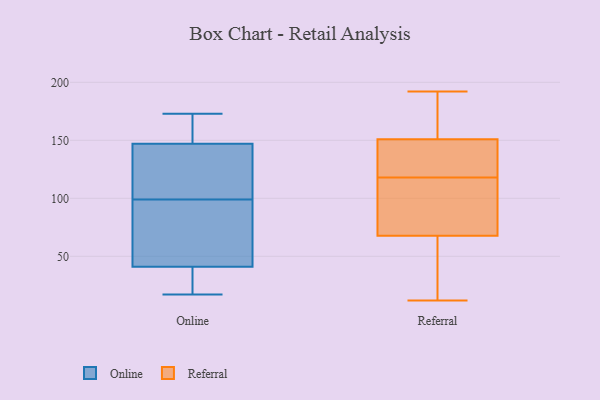
{"axis": {"x": "Energy Usage (MWh)", "y": "Value"}, "legend": ["Online", "Referral"], "data": [{"x": "", "y": 47, "type": "Online"}, {"x": "", "y": 147, "type": "Online"}, {"x": "", "y": 36, "type": "Online"}, {"x": "", "y": 121, "type": "Online"}, {"x": "", "y": 96, "type": "Online"}, {"x": "", "y": 32, "type": "Online"}, {"x": "", "y": 17, "type": "Online"}, {"x": "", "y": 137, "type": "Online"}, {"x": "", "y": 74, "type": "Online"}, {"x": "", "y": 118, "type": "Online"}, {"x": "", "y": 31, "type": "Online"}, {"x": "", "y": 173, "type": "Online"}, {"x": "", "y": 102, "type": "Online"}, {"x": "", "y": 82, "type": "Online"}, {"x": "", "y": 152, "type": "Online"}, {"x": "", "y": 41, "type": "Online"}, {"x": "", "y": 150, "type": "Online"}, {"x": "", "y": 169, "type": "Online"}, {"x": "", "y": 112, "type": "Referral"}, {"x": "", "y": 192, "type": "Referral"}, {"x": "", "y": 139, "type": "Referral"}, {"x": "", "y": 13, "type": "Referral"}, {"x": "", "y": 82, "type": "Referral"}, {"x": "", "y": 21, "type": "Referral"}, {"x": "", "y": 152, "type": "Referral"}, {"x": "", "y": 118, "type": "Referral"}, {"x": "", "y": 138, "type": "Referral"}, {"x": "", "y": 84, "type": "Referral"}, {"x": "", "y": 190, "type": "Referral"}, {"x": "", "y": 43, "type": "Referral"}, {"x": "", "y": 148, "type": "Referral"}, {"x": "", "y": 160, "type": "Referral"}, {"x": "", "y": 86, "type": "Referral"}, {"x": "", "y": 163, "type": "Referral"}, {"x": "", "y": 142, "type": "Referral"}, {"x": "", "y": 63, "type": "Referral"}, {"x": "", "y": 12, "type": "Referral"}]}